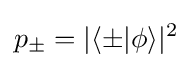
p_{\pm }=|\langle \pm |\phi \rangle |^{2}